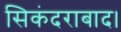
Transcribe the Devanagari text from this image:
सिकंदराबाद।